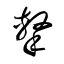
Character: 撃